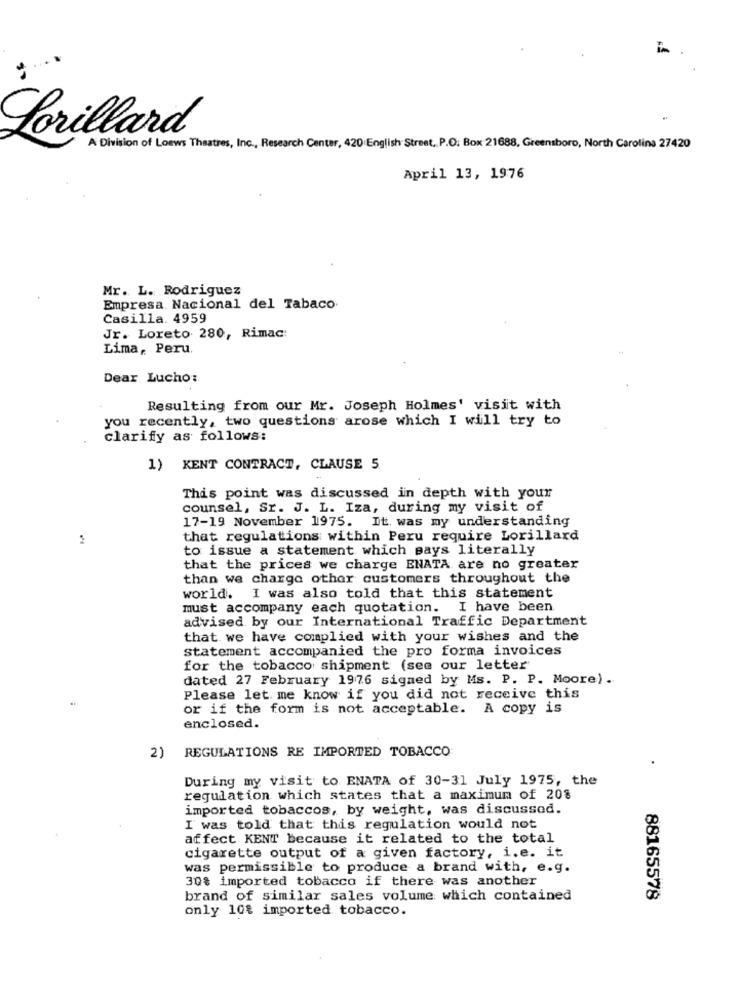
Lorillard
A Division of Loews Theatres, Inc ., Research Center, 420 English Street ,. P.O. Box 21688, Greensboro, North Carolina 27420
April 13, 1976
Mr. L. Rodriguez
Empresa Nacional del Tabaco
Casilla. 4959
Jr. Loreto 280, Rimac:
Lima, Peru.
Dear Lucho:
Resulting from our Mr. Joseph Holmes' visit with
you recently, two questions arose which I will try to
clarify as follows:
1) KENT CONTRACT, CLAUSE 5
This point was discussed in depth with your
counsel, Sr. J. L. Iza, during my visit of
17-19 November 1975. It. was my understanding
that regulations within Peru require Lorillard
to issue a statement which says literally
that the prices we charge ENATA are no greater
than we charge other customers throughout the
world. I was also told that this statement
must accompany each quotation. I have been
advised by our International Traffic Department
that we have complied with your wishes and the
statement accompanied the pro forma invoices
for the tobacco shipment (see our letter
dated 27 February 1976 signed by Ms. P. P. Moore).
Please let me know if you did not receive this
or if the form is not acceptable. A copy is
enclosed.
REGULATIONS RE IMPORTED TOBACCO
During my visit to ENATA of 30-31 July 1975, the
regulation which states that a maximum of 208
imported tobaccos, by weight, was discussed.
I was told that this regulation would not
affect KENT because it related to the total
cigarette output of a given factory, i.e. it
was permissible to produce a brand with, e.g.
30% imported tobacco if there was another
brand of similar sales volume which contained
88165578
only 108 imported tobacco.